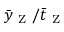
\bar { y } _ { \mathrm { ~ Z ~ } } / \bar { t } _ { \mathrm { ~ Z ~ } }